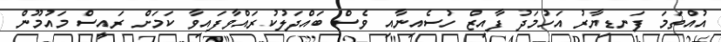
އުއްތަމަ ފަނޑިޔާރު އަހުމަދު ފާއިޒް ހުސެއިނާއި ވެސް ބައްދަލުކުރައްވާފައިވާ ކަމަށް ރައީސް މައުމޫން